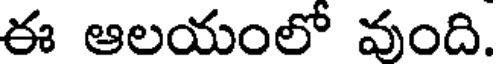
ఈ ఆలయంలో వంది.